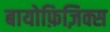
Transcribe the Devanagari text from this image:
बायोफ़िज़िक्स